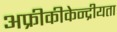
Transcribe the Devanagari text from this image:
अफ्रीकीकेन्द्रीयता